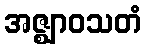
အဇ္ဈာဝသတံ